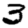
Digit: 3